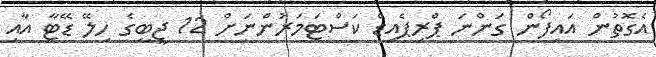
އެގޮތުން އައިފޯން ގަންނަ ޕްރިޕެއިޑް ކަސްޓަމަރުންނަށް 12 ޖީބީގެ ހިލޭ ޑޭޓާ އާއި